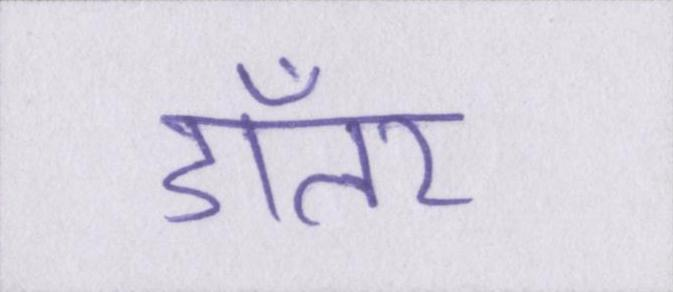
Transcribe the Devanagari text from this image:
डॉलर